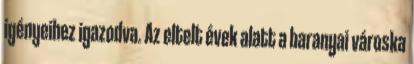
igényeihez igazodva. Az eltelt évek alatt a baranyai városka